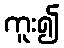
ကူး၍